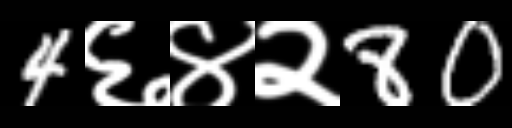
Text: 4६४२80